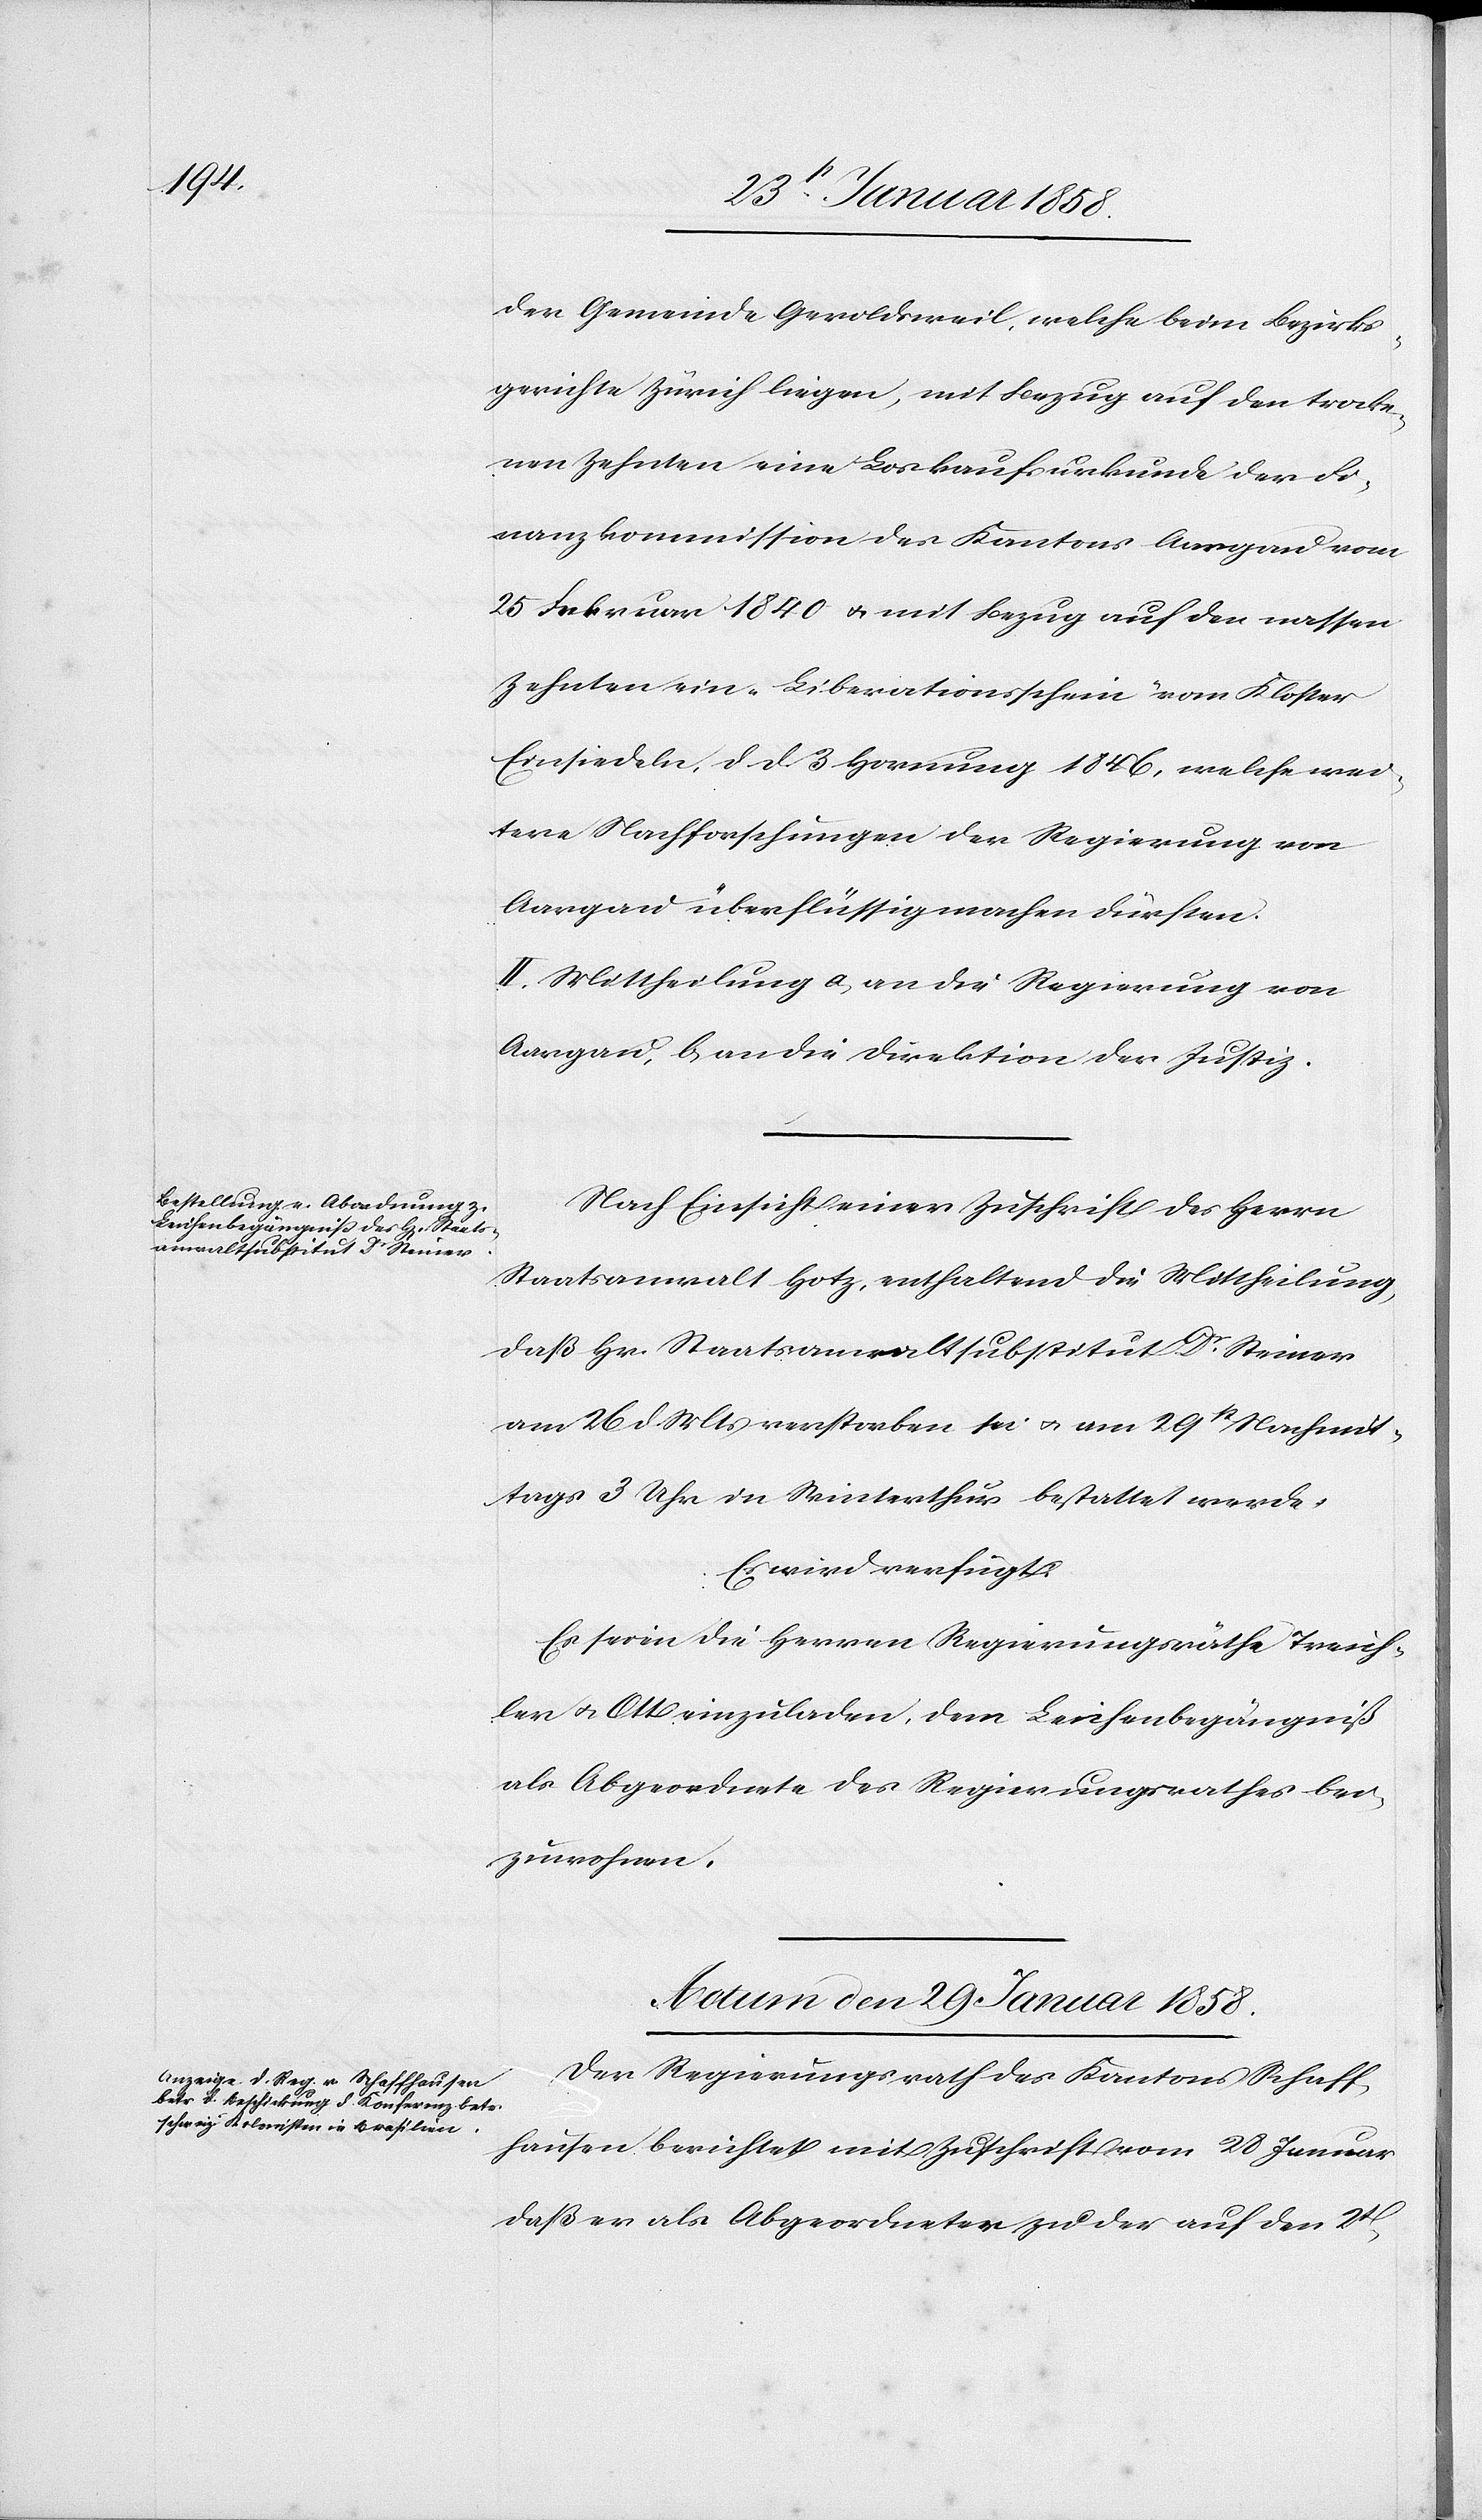
der Gemeinde Geroldsweil, welche beim Bezirks¬
gerichte Zürich liegen, mit Bezug auf den trocke¬
nen Zehnten eine Loskaufsurkunde der Fi¬
nanzkommission des Kantons Aargau vom
25 Februar 1840 u. mit Bezug auf den nassen
Zehnten ein „Lieberationsschein“ von Kloster
Einsiedeln, d. d. 3 Hornung 1846, welche wei¬
tere Nachforschungen der Regierung von
Aargau überflüssig machen dürften.
II. Mittheilung a. an die Regierung von
Aargau, b. an die Direktion der Justiz.
Nach Einsicht einer Zuschrift des Herrn
Staatsanwalt Hotz, enthaltend die Mittheilung
daß Hr. Staatsanwaltsubstitut Dr Steiner
am 26 d. Mts verstorben sei u. am 29st Nachmit¬
tags 3 Uhr in Winterthur bestattet werde.
Es wird verfügt:
Es seien die Herren Regierungsräthe Treich¬
ler u. Ott einzuladen, dem Leichenbegängniß
als Abgeordnete des Regierungsrathes bei¬
zuwohnen.
Actum den 29 Januar 1858.
Der Regierungsrath des Kantons Schaff¬
hausen berichtet mit Zuschrift vom 28 Januar
daß er als Abgeordneter zu der auf den 2t